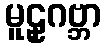
မူဠှဂဗ္ဘာ